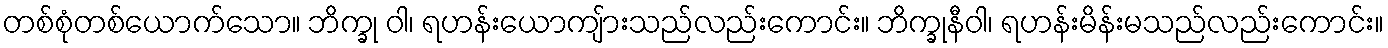
တစ်စုံတစ်ယောက်သော။ ဘိက္ခု ဝါ၊ ရဟန်းယောကျ်ားသည်လည်းကောင်း။ ဘိက္ခုနီဝါ၊ ရဟန်းမိန်းမသည်လည်းကောင်း။